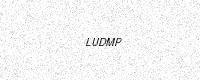
Text: LUDMP